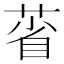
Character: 𦳗